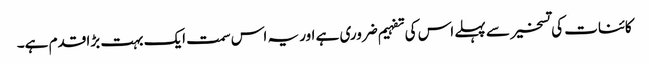
کائنات کی تسخیر سے پہلے اس کی تفہیم ضروری ہے اور یہ اس سمت ایک بہت بڑا قدم ہے۔